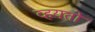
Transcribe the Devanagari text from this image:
व्हयतो